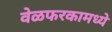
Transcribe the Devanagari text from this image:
वेळफरकामध्ये